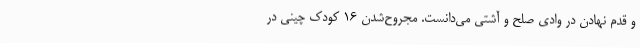
و قدم نهادن در وادی صلح و آشتی می‌دانست. مجروح‌شدن ۱۶ کودک چینی در